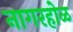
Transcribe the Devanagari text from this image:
नागरहोळ